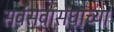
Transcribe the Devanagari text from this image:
सर्वसेवासंघाच्या